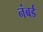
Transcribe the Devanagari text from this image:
नंबर्ड